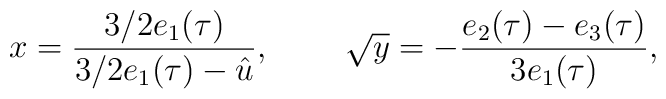
{\displaystyle x=\frac {3/2e_{1}(\tau)}{3/2e_{1}(\tau)-\hat{u}},}\hspace{1cm} {\displaystyle \sqrt{y}=-\frac {e_{2}(\tau)-e_{3}(\tau)}{3e_{1} (\tau)},}